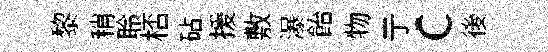
黎稍聆桮砧援敷瀑飴物亍c後